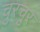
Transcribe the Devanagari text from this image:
चुरचुर